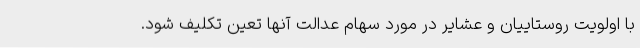
با اولویت روستاییان و عشایر در مورد سهام عدالت آنها تعین تکلیف شود.